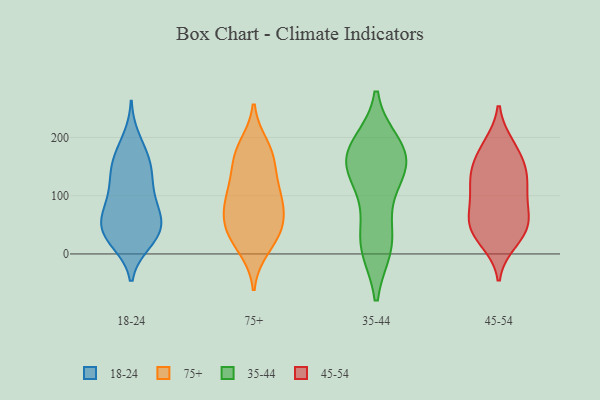
{"axis": {"x": "Waste Production (Tons)", "y": "Value"}, "legend": ["18-24", "35-44", "45-54", "75+"], "data": [{"x": "", "y": 152, "type": "18-24"}, {"x": "", "y": 137, "type": "18-24"}, {"x": "", "y": 112, "type": "18-24"}, {"x": "", "y": 86, "type": "18-24"}, {"x": "", "y": 21, "type": "18-24"}, {"x": "", "y": 74, "type": "18-24"}, {"x": "", "y": 23, "type": "18-24"}, {"x": "", "y": 37, "type": "18-24"}, {"x": "", "y": 55, "type": "18-24"}, {"x": "", "y": 198, "type": "18-24"}, {"x": "", "y": 52, "type": "18-24"}, {"x": "", "y": 55, "type": "18-24"}, {"x": "", "y": 19, "type": "18-24"}, {"x": "", "y": 116, "type": "18-24"}, {"x": "", "y": 93, "type": "18-24"}, {"x": "", "y": 176, "type": "18-24"}, {"x": "", "y": 161, "type": "18-24"}, {"x": "", "y": 38, "type": "18-24"}, {"x": "", "y": 149, "type": "18-24"}, {"x": "", "y": 58, "type": "18-24"}, {"x": "", "y": 10, "type": "75+"}, {"x": "", "y": 108, "type": "75+"}, {"x": "", "y": 185, "type": "75+"}, {"x": "", "y": 24, "type": "75+"}, {"x": "", "y": 90, "type": "75+"}, {"x": "", "y": 172, "type": "75+"}, {"x": "", "y": 97, "type": "75+"}, {"x": "", "y": 108, "type": "75+"}, {"x": "", "y": 53, "type": "75+"}, {"x": "", "y": 167, "type": "75+"}, {"x": "", "y": 152, "type": "75+"}, {"x": "", "y": 43, "type": "75+"}, {"x": "", "y": 65, "type": "75+"}, {"x": "", "y": 45, "type": "75+"}, {"x": "", "y": 159, "type": "35-44"}, {"x": "", "y": 101, "type": "35-44"}, {"x": "", "y": 14, "type": "35-44"}, {"x": "", "y": 24, "type": "35-44"}, {"x": "", "y": 161, "type": "35-44"}, {"x": "", "y": 148, "type": "35-44"}, {"x": "", "y": 178, "type": "35-44"}, {"x": "", "y": 16, "type": "35-44"}, {"x": "", "y": 158, "type": "35-44"}, {"x": "", "y": 185, "type": "35-44"}, {"x": "", "y": 139, "type": "45-54"}, {"x": "", "y": 68, "type": "45-54"}, {"x": "", "y": 112, "type": "45-54"}, {"x": "", "y": 134, "type": "45-54"}, {"x": "", "y": 47, "type": "45-54"}, {"x": "", "y": 42, "type": "45-54"}, {"x": "", "y": 34, "type": "45-54"}, {"x": "", "y": 103, "type": "45-54"}, {"x": "", "y": 22, "type": "45-54"}, {"x": "", "y": 183, "type": "45-54"}, {"x": "", "y": 186, "type": "45-54"}, {"x": "", "y": 161, "type": "45-54"}, {"x": "", "y": 54, "type": "45-54"}, {"x": "", "y": 82, "type": "45-54"}, {"x": "", "y": 136, "type": "45-54"}]}